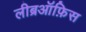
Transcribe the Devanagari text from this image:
लीब्रऑफ़िस